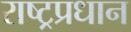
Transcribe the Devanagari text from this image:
राष्ट्रप्रधान